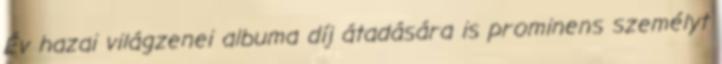
Év hazai világzenei albuma díj átadására is prominens személyt